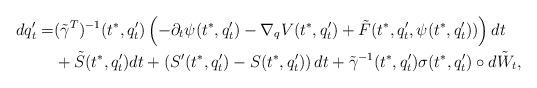
LaTeX: \begin{align*}dq^\prime_t=&(\tilde\gamma^T)^{-1}(t^*,q^\prime_t)\left(-\partial_t\psi(t^*,q^\prime_t)-\nabla_qV(t^*,q_t^\prime)+ \tilde F(t^*,q^\prime_t,\psi(t^*,q^\prime_t))\right) dt\\& +\tilde S(t^*,q_t^\prime)dt+ \left(S^\prime(t^*,q^\prime_t)-S(t^*,q_t^\prime)\right)dt +\tilde\gamma^{-1}(t^*,q^\prime_t)\sigma(t^*,q^\prime_t)\circ d\tilde W_t,\end{align*}